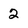
Character: 2